Tezpur Lunatic Asylum reports 1877-1894 - 1877-1894
Year: 1877
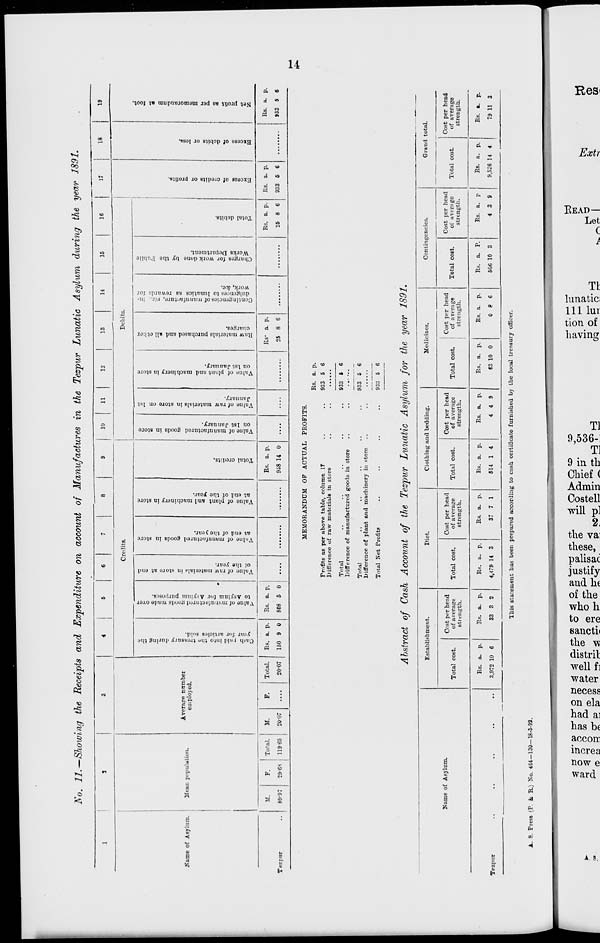
i'T
PJCM
9 A\OU
II0001J
)q s-eq;
[13 pUt[
EJ8 HO
3S808H
[J IPA
1WP
A\ 9^
►I^OU'BS
BJB 0%
\{ oqii
9T# JO
)i[ pura
*8S8lfl
;13A 8l[}
tPW)
uiuipy
) piqo
[X
-9es'6
IX
°UIATIT[
jo uon
mi TIT
joi^'Buni
IX
—avag;
^^
B
3
B*
§ ra
OKI
cr
n>
P-
er
o
B
5?
p
w
p
F
•a
Si
S»
2 w
£ p
_
P
W
» . m
*■
P
eo w
w
5 f
P
eo
P
w
S8H
B p
CO
-Q
P
B
-JQ ft
■ ft B
Pi
H
o
m S> I
3
as
a
o
o
O
/i s
g 2.S-
ft Pw
3 < m
o
S p rf
a 2 ft
Si
s
c °
•o
M
P
3*
B"
5
3
oo.
P
3
O.
o-
PJ
&
B
0!}
O
o
3
5'
en
O
3
a.
o-
00
e*
**
a o
c-t.
^
Q a
CO
>-
P
f-3
^3"
"7
Z <ti
3
S "* S <"
rO
»
a P
ra M
S»
w
rs
m
C-+.
5
o
e
B ' .
3
P
3
Bi
o
B
p;
B
C
P 1
o
a »
If
B ft
£ s?
||
o
«
a
B. 2
g ft
o
i
3'
Si!
0")
o
o
S' 2.
si
B
O
:
VI
B';
O 3
ft —
o
1 1
c!
-*
C
a
CS.
►ti
e*.
n
Ci
o
fcu
H
Co
CO
"^
5
to
. CO
to
•
CO
CO W
<?^
w 1 • w
.
CO
•
CO
en !:•
1
.
•
Cn
P
o> 1
9> 1
o
o> •a
CM.
>-
«.
««5 «,
S5
-3
Ki
Oo
^o
Kl
ft
s
P
B
ft
o
(f
B
M
CO
3 K
1
3
•a a
■a
3
CO
^
Total.
11965
8 K
o
f
« ft
C P
■g.3
^B
cr
: >n
Total.
20-07
Rs. a. p.
160 9 0
Cash paid into fchfl treasury (Hiring tho
year for articles sold.
Q
*
Rs. a. p.
808 6 0
Value of mtnnfaotnrcH eoods made over
to Asylum for Asylum purijoses.
:
Value of raw material* in store at end
of the year.
O)
Vulne of manufactured goods iu store
at end of the year.
-»
Value of plant and machinery in store
at end of the year.
00
Total credits.
CO
|
Valne of manufactured goods in store
on 1st January.
o
•
Value of raw materials in store on 1st
January.
c
Value of plant and machinery in store
on 1st January.
to
Rs- a. p.
25 8 6
Raw materials purchased and all other
charges.
CO
Contingencies of manufacture, viz., in-
dulgences to lunatics as rewards for
work, &ic.
*.
Charges for work done by the Vublic
Works Department.
Ot
Rs. a. p.
25 8 6
Total debits.
en
_!
Rs. a. p.
933 6 6
Excess of credits or profits.
Excess of debits or loss.
00
CO
?>
« p
0» W
Net profit as per memorandum at foot
s
o
o
S
TO
«l
Co
o
a.
1
o
O
I
i
c-«.
09
cs.
55*
I I
Si
S3
C-fc
CO
c~~
St
1
iS>.
5s-
n